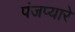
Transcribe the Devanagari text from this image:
पंजप्यारे